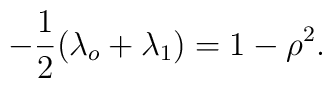
-\frac{1}{2}(\lambda_o+\lambda_1)=1-\rho^2.